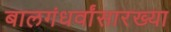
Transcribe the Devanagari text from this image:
बालगंधर्वांसारख्या